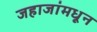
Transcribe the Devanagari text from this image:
जहाजांमधून